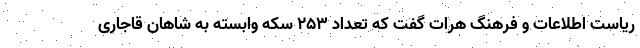
ریاست اطلاعات و فرهنگ هرات گفت که تعداد ۲۵۳ سکه وابسته به شاهان قاجاری